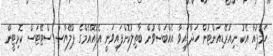
ހަމްޕުއާ އެކު ނިއުރޭޑިއަންޓުން ހަދާފައިވާ އެއްބަސްވުން ބާތިލުކޮށްފައިވަނީ އެފްއޭއެމްގެ ޕްލޭޔާސް ސްޓޭޓަސް ކޮމިޓީން